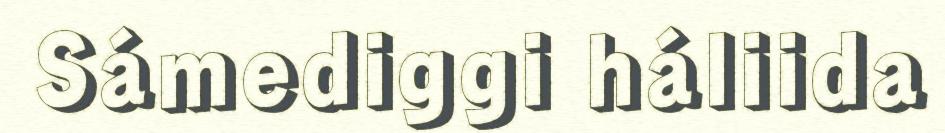
Sámediggi háliida